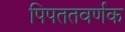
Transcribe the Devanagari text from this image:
पिपततवर्णक